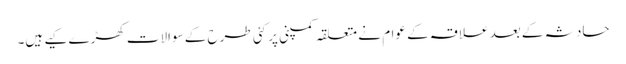
حادثہ کے بعد علاقہ کے عوام نے متعلقہ کمپنی پر کئی طرح کے سوالات کھڑے کیے ہیں۔